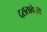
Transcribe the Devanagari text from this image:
दसतावेज़ी